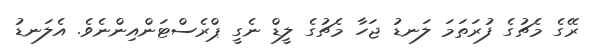
ރޭގެ މެޗުގެ ފުރަތަމަ ލަނޑު ޖަހާ މެޗުގެ ލީޑް ނެގީ ޕްރެސްޓަންއިންނެވެ. އެލަނޑު